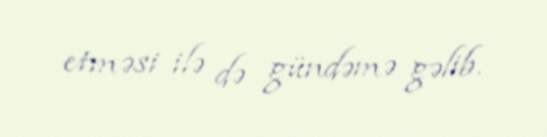
etməsi ilə də gündəmə gəlib.